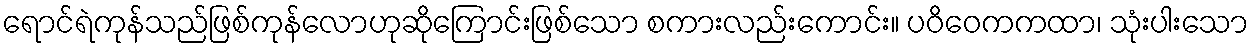
ရောင်ရဲကုန်သည်ဖြစ်ကုန်လောဟုဆိုကြောင်းဖြစ်သော စကားလည်းကောင်း။ ပဝိဝေကကထာ၊ သုံးပါးသော